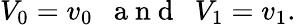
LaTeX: V_{0}=v_{0}\mathrm{~\ \ a~n~d~\ \ }V_{1}=v_{1}.